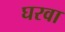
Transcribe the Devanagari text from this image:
घरवा